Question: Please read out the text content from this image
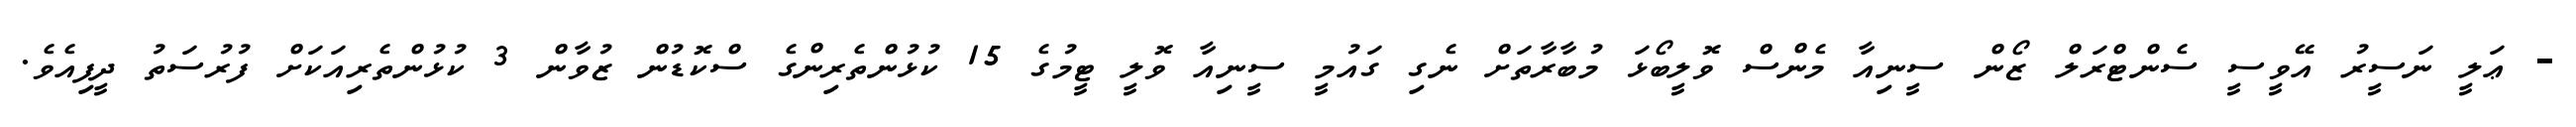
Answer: - ޢަލީ ނަސީރު އޭވީސީ ސެންޓްރަލް ޒޯން ސީނިއާ މެންސް ވޮލީބޯޅަ މުބާރާތަށް ނެގި ގައުމީ ސީނިއާ ވޮލީ ޓީމުގެ 15 ކުޅުންތެރިންގެ ސްކޮޑުން ޒުވާން 3 ކުޅުންތެރިއަކަށް ފުރުސަތު ދީފިއެވެ.